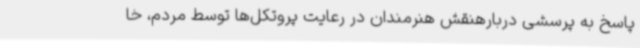
پاسخ به پرسشی دربارهنقش هنرمندان در رعایت پروتکل‌ها توسط مردم، خا